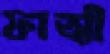
ফাত্মী